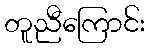
တူညီကြောင်း